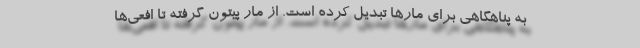
به پناهگاهی برای مار‌ها تبدیل کرده است. از مار پیتون گرفته تا افعی‌ها